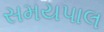
સમયપાલ